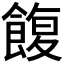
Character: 𩜲